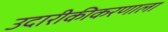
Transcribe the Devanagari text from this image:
उदारीकीकरणाला